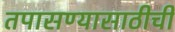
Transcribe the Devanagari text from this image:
तपासण्यासाठीची